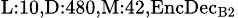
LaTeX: _{\textrm{L}:10,\textrm{D}:480,\textrm{M}:42,\textrm{EncDec}_{\textrm{B}2}}